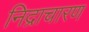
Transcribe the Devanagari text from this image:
निद्राचारण